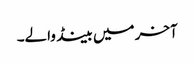
آخر میں بینڈ والے۔